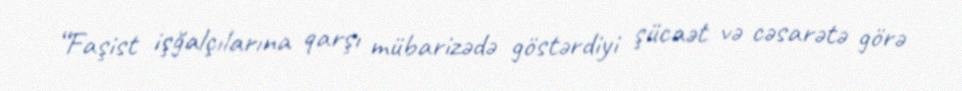
“Faşist işğalçılarına qarşı mübarizədə göstərdiyi şücaət və cəsarətə görə